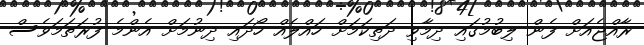
ރާއްޖެއަށް ފެން ލިބުމުގައި ދިމާވި ދަތިކަމަށް ހައްލެއް ހޯދައި ދިނުމަށް އެންމެ ފުރަތަމަވެސް